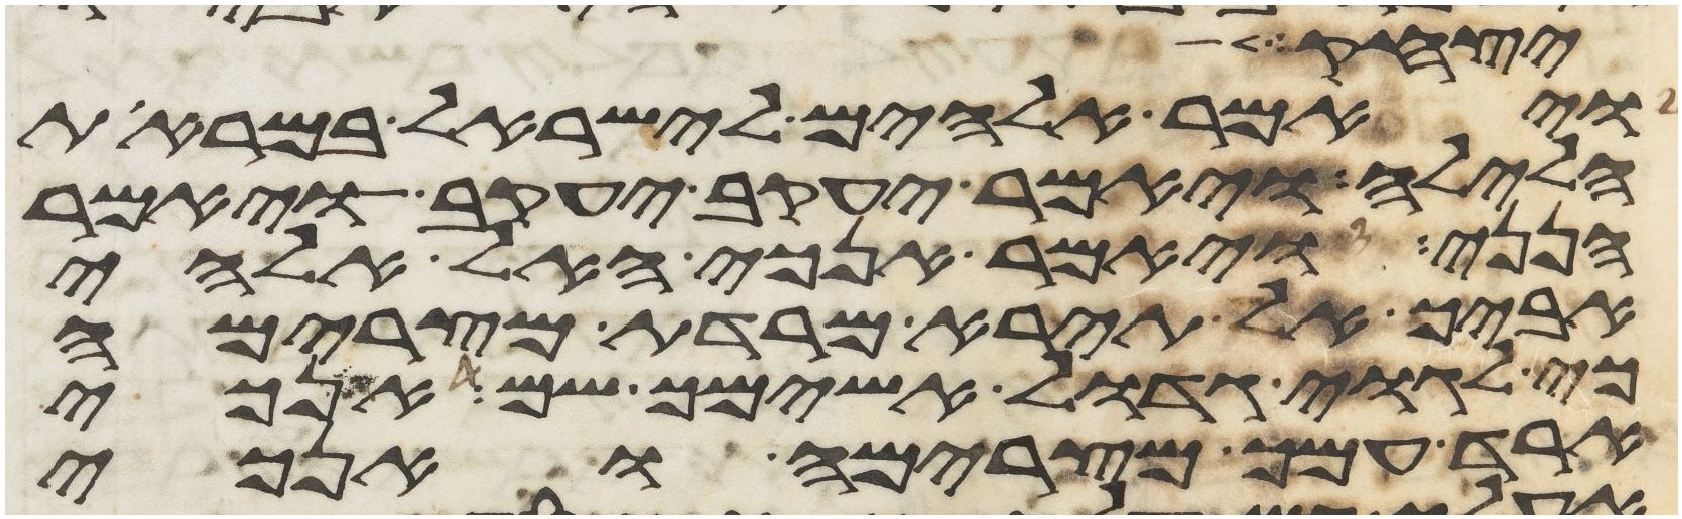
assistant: יצחק
ויאמר אלהים לישראל במראות
הלילה ויאמר יעקב יעקב ויאמר
הנני ויאמר אנכי האל אלהי
אביך אל תירא מרדת מצרימה
כי לגוי גדול אשימך שם אנכי
ארד עמך מצרימה ואנכי